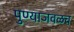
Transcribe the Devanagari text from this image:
पुण्याजवळच